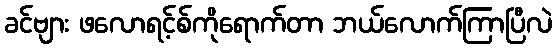
ခင်ဗျား ဖလောရင့်စ်ကိုရောက်တာ ဘယ်လောက်ကြာပြီလဲ